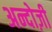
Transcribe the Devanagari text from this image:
अन्दोज़ी